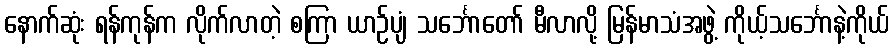
နောက်ဆုံး ရန်ကုန်က လိုက်လာတဲ့ စကြာ ယာဉ်ပျံ သင်္ဘောတော် မီလာလို့ မြန်မာသံအဖွဲ့ ကိုယ့်သင်္ဘောနဲ့ကိုယ်